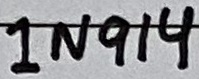
Text: 1N914